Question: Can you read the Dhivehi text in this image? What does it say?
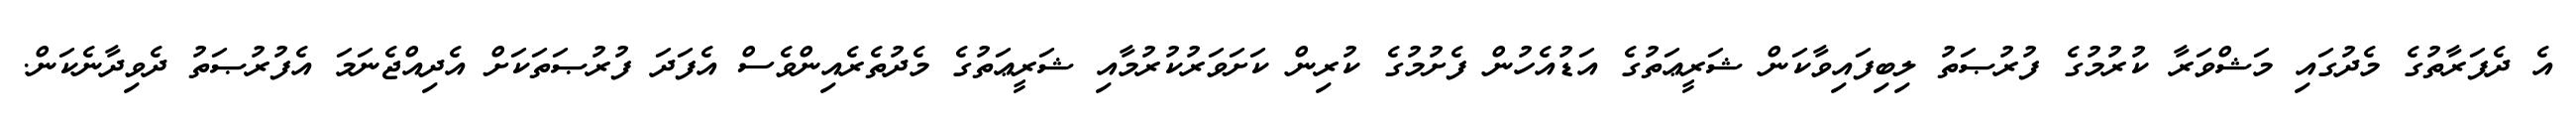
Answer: އެ ދެފަރާތުގެ މެދުގައި މަޝްވަރާ ކުރުމުގެ ފުރުޞަތު ލިބިފައިވާކަން ޝަރީޢަތުގެ އަޑުއެހުން ފެށުމުގެ ކުރިން ކަށަވަރުކުރުމާއި ޝަރީޢަތުގެ މެދުތެރެއިންވެސް އެފަދަ ފުރުޞަތަކަށް އެދިއްޖެނަމަ އެފުރުޞަތު ދެވިދާނެކަން.